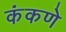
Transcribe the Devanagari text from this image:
कंकणे